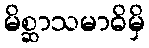
မိစ္ဆာသမာဓိမှိ